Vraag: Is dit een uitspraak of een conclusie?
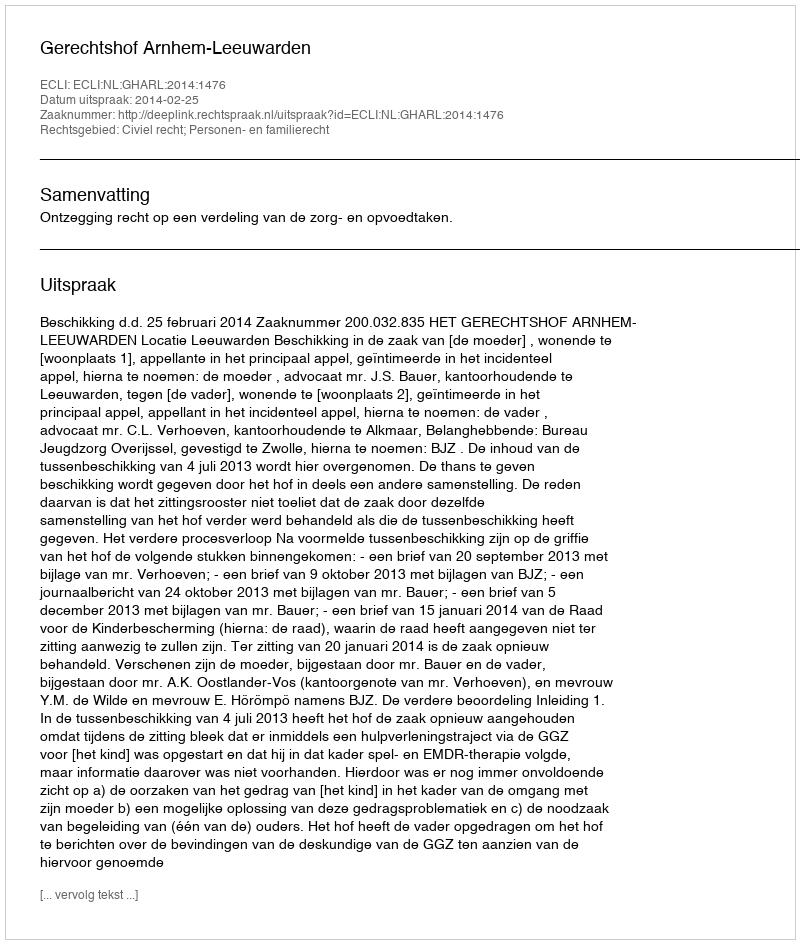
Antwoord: Uitspraak